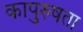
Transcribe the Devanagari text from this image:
कापुरुषता